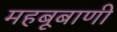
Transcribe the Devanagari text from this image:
महबूबाणी